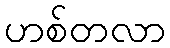
ဟစ်တလာ